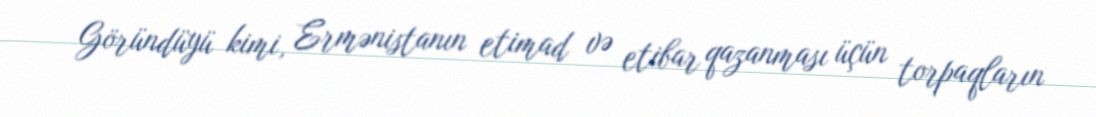
Göründüyü kimi, Ermənistanın etimad və etibar qazanması üçün torpaqların